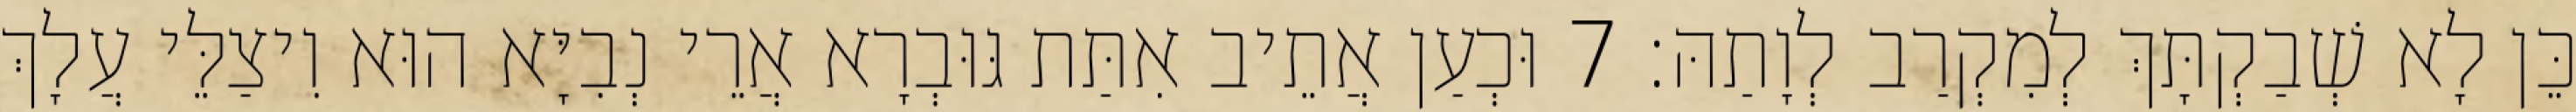
כֵּן לָא שְׁבַקְתָּךְ לְמִקְרַב לְוָתַהּ׃ 7 וּכְעַן אֲתֵיב אִתַּת גּוּבְרָא אֲרֵי נְבִיָּא הוּא וִיצַלֵּי עֲלָךְ